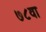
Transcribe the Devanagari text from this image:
७८वा